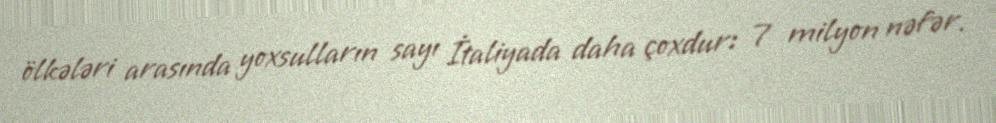
ölkələri arasında yoxsulların sayı İtaliyada daha çoxdur: 7 milyon nəfər.